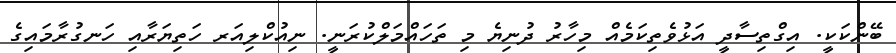
ބޭންކަކީ. އިގްތިސާދީ އަޅުވެތިކަމެއް މިހާރު ދުނިޔެ މި ތަހައްމަލްކުރަނީ. ނިއުކްލިއަރ ހަތިޔަރާއި ހަނގުރާމައިގެ